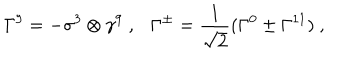
\Gamma ^ { 9 } = - \sigma ^ { 3 } \otimes \gamma ^ { 9 } ~ , \Gamma ^ { \pm } = \frac { 1 } { \sqrt { 2 } } ( \Gamma ^ { 0 } \pm \Gamma ^ { 1 1 } ) ~ ,